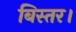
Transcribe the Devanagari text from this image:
बिस्तर।